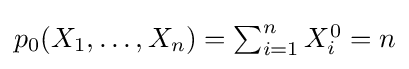
\textstyle p_{0}(X_{1},\ldots ,X_{n})=\sum _{i=1}^{n}X_{i}^{0}=n